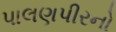
પાલણપીરનો